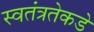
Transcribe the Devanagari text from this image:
स्वतंत्रतेकडे